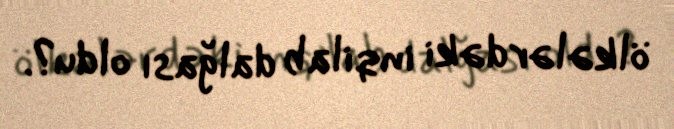
ölkələrdəki inqilab dalğası oldu?.